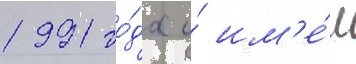
1991 го́да и́ им'е́л